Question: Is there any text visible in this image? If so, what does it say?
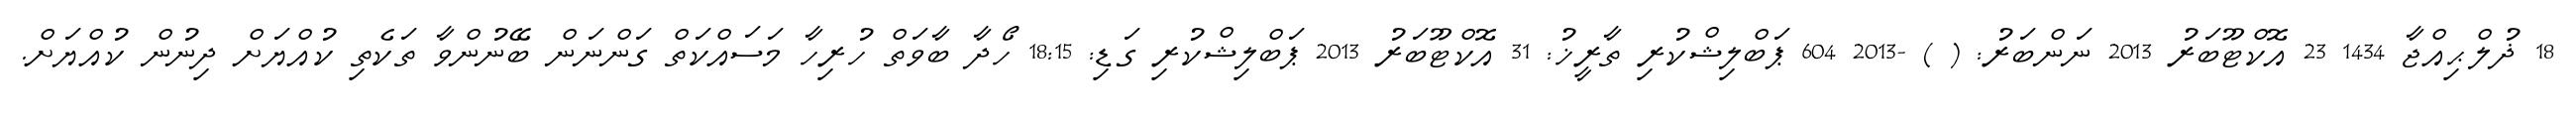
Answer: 18 ޛުލްޙިއްޖާ 1434 23 އޮކްޓޫބަރު 2013 ނަންބަރު: ( ) -2013 604 ޕަބްލިޝްކުރި ތާރީޚު: 31 އޮކްޓޫބަރު 2013 ޕަބްލިޝްކުރި ގަޑި: 18:15 ހޯދާ ބާވަތް ހުރިހާ މަސައްކަތް ގަންނަން ބޭނުންވާ ތަކެތި ކުއްޔަށް ދިނުން ކުއްޔަށް.